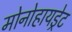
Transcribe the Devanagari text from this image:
मोनोहायड्रेट